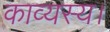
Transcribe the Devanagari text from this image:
काव्यस्य।